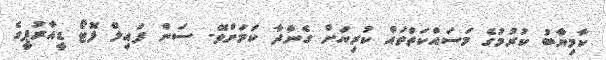
ކާމިޔާބު ކުރުމުގެ މަސައްކަތްތައް ކުރިޔަށް ގެންދާ ކަމަށްވޭ- ސަން ފައިލް ފޮޓޯ ޑީއާރުޕީގެ